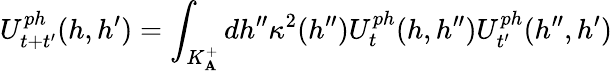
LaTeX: U_{t+t^{\prime}}^{ph}(h,h^{\prime})=\int_{K_{\mathbf{A}}^{+}}dh^{\prime\prime}\kappa^{2}(h^{\prime\prime})U_{t}^{ph}(h,h^{\prime\prime})U_{t^{\prime}}^{ph}(h^{\prime\prime},h^{\prime})